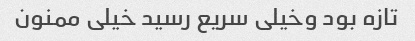
تازه بود وخیلی سریع رسید خیلی ممنون